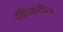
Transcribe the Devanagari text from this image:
कॉलिनस्टीरेज़